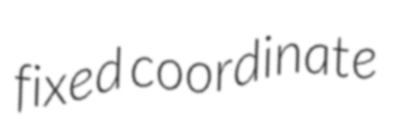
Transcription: fixed coordinate